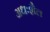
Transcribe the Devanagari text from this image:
अधःशैल